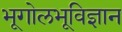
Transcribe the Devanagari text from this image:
भूगोलभूविज्ञान